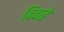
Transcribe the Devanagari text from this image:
विवाहे